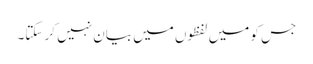
جس کو میں لفظوں میں بیان نہیں کر سکتا۔